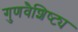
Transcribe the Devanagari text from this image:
गुणवैशिष्ट्य